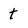
Character: t